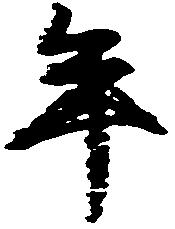
年